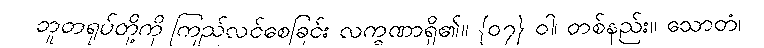
ဘူတရုပ်တို့ကို ကြည်လင်စေခြင်း လက္ခဏာရှိ၏။ {၀၇} ဝါ၊ တစ်နည်း။ သောတံ၊